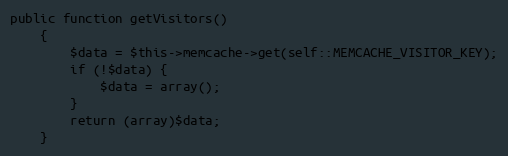
Language: PHP
public function getVisitors()
    {
        $data = $this->memcache->get(self::MEMCACHE_VISITOR_KEY);
        if (!$data) {
            $data = array();
        }
        return (array)$data;
    }